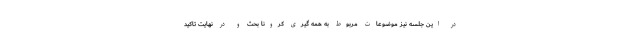
در این جلسه نیز موضوعات مربوط به همه گیری کرونا بحث و در نهایت تاکید